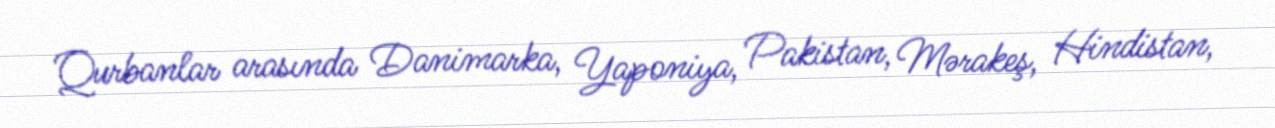
Qurbanlar arasında Danimarka, Yaponiya, Pakistan, Mərakeş, Hindistan,